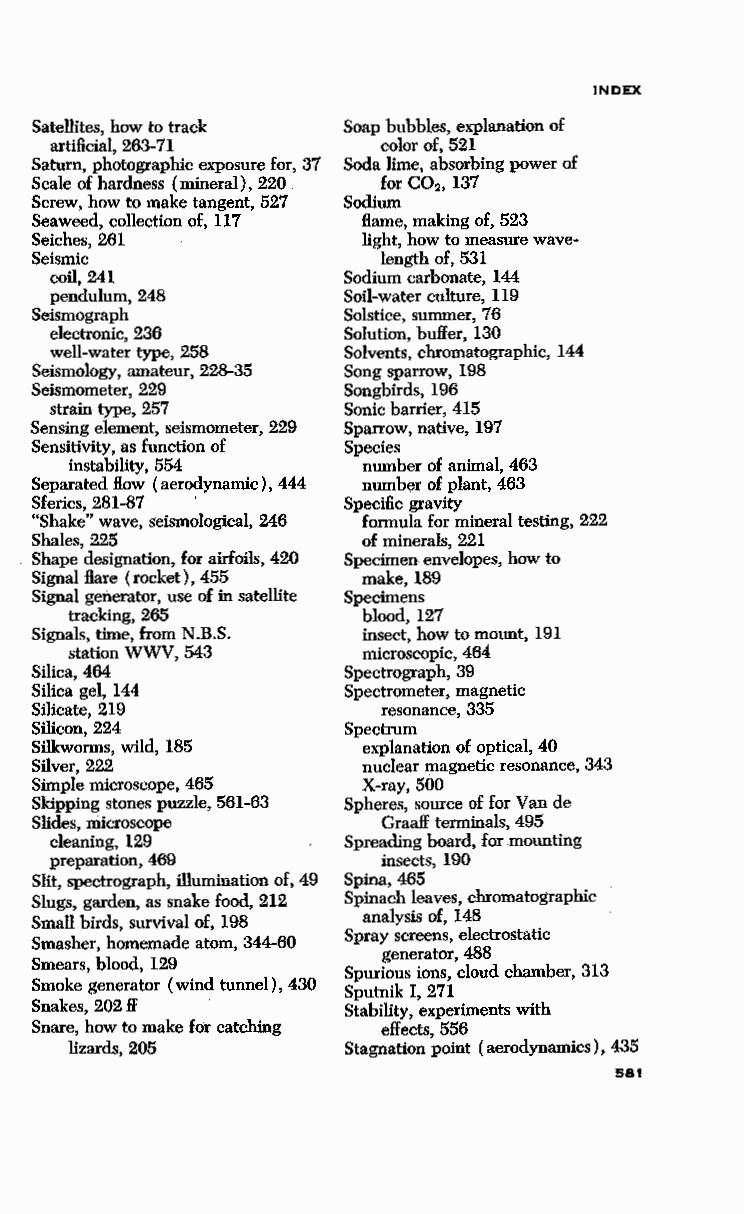
INDEX
 Satellites, how to track Soap bubbles, explanation of
 artificial, 263-71    color of, 521
 Saturn, photographic exposure for, 37 Soda lime, absorbing power of
 Scale of hardness (mineral), 220 for C02, 137
 Screw, how to make tangent, 527 Sodium
 Seaweed, collection of, 117 Harne, making of, 523
 Seiches, 261          light, how to measure wave-
 Seismic                length of, 531
 coil, 241           Sodium carbonate, 144
 pendulum, 248       Soil-water culture, 119
 Seismograph          Solstice, summer, 76
 electronic, 236     Solution, buffer, 130
 well-water type, 258 Solvents, chromatographic, 144
 Seismology, amateur, 228-35 Song sparrow, 198
 Seismometer, 229     Songbirds, 196
 strain type, 257    Sonic barrier, 415
 Sensing element, seismometer, 229 Sparrow, native, 197
 Sensitivity, as function of Species
 instability, 554   number of animal, 463
 Separated How ( aerodynamic), 444 number of plant, 463
 Sferics, 281-87      Specific gravity
 "Shake" wave, seismological, 246 formula for mineral testing, 222
 Shales, 225           of minerals, 221
 Shape designation, for airfoils, 420 Specimen envelopes, how to
 Signal Hare (rocket), 455 make, 189
 Signal generator, use of in satellite Specimens
 tracking, 265      blood, 127
 Signals, time, from N.B.S. insect, how to mount, 191
 station WWV, 543   microscopic, 464
 Silica, 464          Spectrograph, 39
 Silica gel, 144      Spectrometer, magnetic
 Silicate, 219          resonance, 335
 Silicon, 224         Spectrum
 Silkworms, wild, 185  explanation of optical, 40
 Silver, 222           nuclear magnetic resonance, 343
 Simple microscope, 465 X-ray, 500
 Skipping stones puzzle, 561-63 Spheres, source of for Van de
 Slides, microscope     Graaff terminals, 495
 cleaning, 129       Spreading board, for mounting
 preparation, 469      insects, 190
 Slit, spectrograph, illumination of, 49 Spina, 465
 Slugs, garden, as snake food, 212 Spinach leaves, chromatographic
 Small birds, survival of, 198 analysis of, 148
 Spray screens, electrostatic
 Smasher, homemade atom, 344-60
 generator, 488
 Smears, blood, 129
 Spurious ions, cloud chamber, 313
 Smoke generator (wind tunnel), 430
 Sputnik I, 271
 Snakes, 202 ff       Stability, experiments with
 Snare, how to make for catching effects, 556
 lizards, 205      Stagnation point ( aerodynamics), 435
 581